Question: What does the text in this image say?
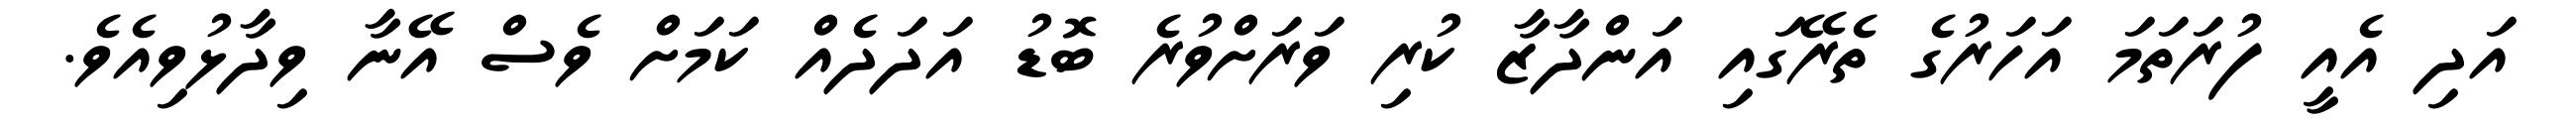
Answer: އަދި އެއީ ފުރަތަމަ އަހަރުގެ ތެރޭގައި އަންދާޒާ ކުރި ވަރަށްވުރެ ބޮޑު އަދަދެއް ކަމަށް ވެސް އޭނާ ވިދާޅުވިއެވެ.